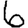
Digit: 6